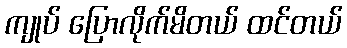
ကျုပ် ပြောလိုက်မိတယ် ထင်တယ်